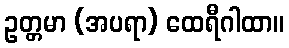
ဥတ္တမာ (အပရာ) ထေရီဂါထာ။